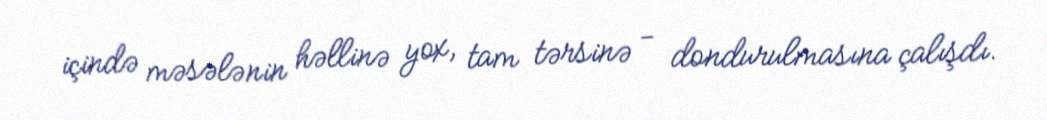
içində məsələnin həllinə yox, tam tərsinə - dondurulmasına çalışdı.